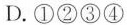
D.①②③④